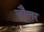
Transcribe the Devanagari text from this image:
जौलर